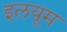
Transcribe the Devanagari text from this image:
इलयूम